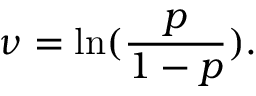
\nu = \ln ( \frac { p } { 1 - p } ) .